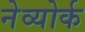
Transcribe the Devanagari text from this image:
नेव्योर्क